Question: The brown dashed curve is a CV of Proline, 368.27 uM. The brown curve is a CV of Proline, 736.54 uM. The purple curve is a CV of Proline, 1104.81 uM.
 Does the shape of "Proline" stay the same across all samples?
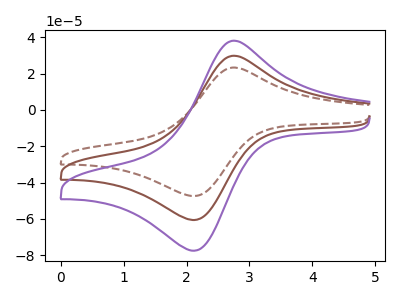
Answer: <think>The brown dashed curve "Proline, 368.27 uM" has an anodic peak at (2.75V, 23.30uA) and a cathodic peak at (2.15V, -47.45uA). The brown curve "Proline, 736.54 uM" has an anodic peak at (2.75V, 29.75uA) and a cathodic peak at (2.15V, -60.70uA). The purple curve "Proline, 1104.81 uM" has an anodic peak at (2.75V, 59.55uA) and a cathodic peak at (2.15V, -121.35uA).
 All the peaks in "Proline, 368.27 uM" have a peak in "Proline, 736.54 uM" at the same potential. Every peak in "Proline, 368.27 uM" is lower than every peak in "Proline, 736.54 uM". All the peaks in "Proline, 368.27 uM" have a peak in "Proline, 1104.81 uM" at the same potential. Every peak in "Proline, 368.27 uM" is lower than every peak in "Proline, 1104.81 uM". All the peaks in "Proline, 736.54 uM" have a peak in "Proline, 1104.81 uM" at the same potential. Every peak in "Proline, 736.54 uM" is lower than every peak in "Proline, 1104.81 uM".</think>
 <answer>All the CV's of "Proline" have similar shape.</answer>
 <eval>follow_rule</eval>